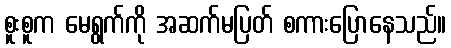
စူးစူက မေရွက်ကို အဆက်မပြတ် စကားပြောနေသည်။